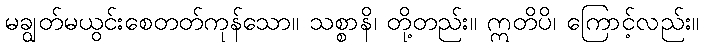
မချွတ်မယွင်းစေတတ်ကုန်သော။ သစ္စာနိ၊ တို့တည်း။ ဣတိပိ၊ ကြောင့်လည်း။